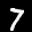
Label: 7